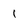
Character: 1